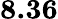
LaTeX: \textbf{8.36}